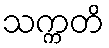
သက္ကတိ